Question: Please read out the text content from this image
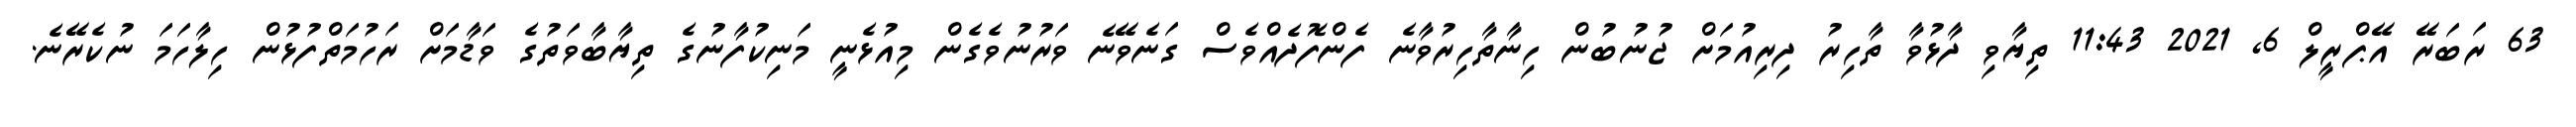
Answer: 63 ރަބަރޭ އޭޕްރީލް 6, 2021 11:43 ތިޔާވި ދާޅުވާ ތާހިރު ދިރިއުމަށް ޖުނުބުން ހިނާތާހިރުވާނެ ފެންފޮދެއްވެސް ގަނެވޭނެ ވަރުނުވެގެން މިއުޅެނީ މަނިކުފާނުގެ ތިޔާބާވަތުގެ ވަޑާމަށް ރަހުމަތްފުޅުން ހިލާހަމަ ނުކެރޭނެ.